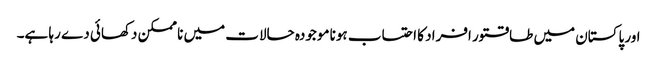
اور پاکستان میں طاقتور افراد کا احتساب ہونا موجودہ حالات میں نا ممکن دکھائی دے رہا ہے۔